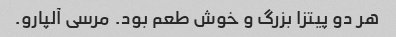
هر دو پیتزا بزرگ و خوش طعم بود. مرسی آلپارو.